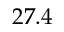
2 7 . 4